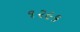
૧૨૯૬